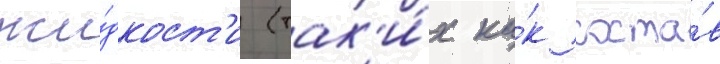
жи́дкост'и (так'и́х ка́к соста́в